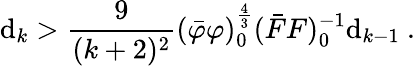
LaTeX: \mathrm{d}_{k}>\frac{{9}}{{(k+2)^{2}}}(\bar{{\varphi}}\varphi)_{0}^{\frac{{4}}{{3}}}(\bar{{F}}F)_{0}^{-1}\mathrm{d}_{k-1}\ .